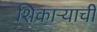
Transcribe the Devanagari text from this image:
शिकाऱ्याची